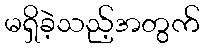
မရှိခဲ့သည့်အတွက်